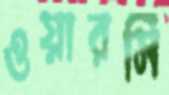
ওয়ারসি